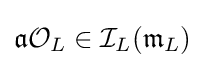
{\mathfrak {a}}{\mathcal {O}}_{L}\in {\mathcal {I}}_{L}({\mathfrak {m}}_{L})